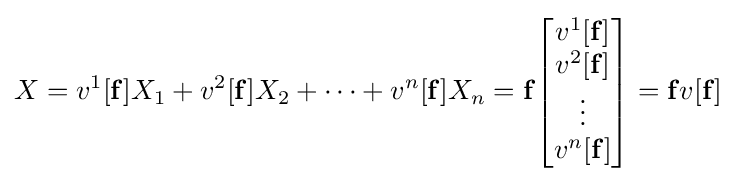
X=v^{1}[\mathbf {f} ]X_{1}+v^{2}[\mathbf {f} ]X_{2}+\dots +v^{n}[\mathbf {f} ]X_{n}=\mathbf {f} {\begin{bmatrix}v^{1}[\mathbf {f} ]\\v^{2}[\mathbf {f} ]\\\vdots \\v^{n}[\mathbf {f} ]\end{bmatrix}}=\mathbf {f} v[\mathbf {f} ]